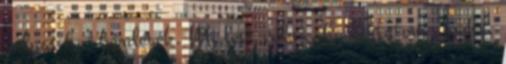
volna, ha” kérdések. Mi lett volna, ha biztatom Josht,